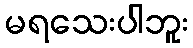
မရသေးပါဘူး